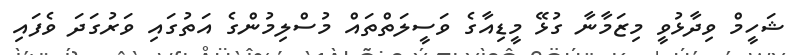
ޝަހީމް ވިދާޅުވީ މިޒަމާނާ ގުޅޭ މީޑިއާގެ ވަސީލަތްތައް މުސްލިމުންގެ އަތުގައި ވަރުގަދަ ވެފައި